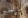
سنخبر